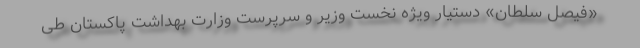
«فیصل سلطان» دستیار ویژه نخست وزیر و سرپرست وزارت بهداشت پاکستان طی